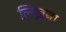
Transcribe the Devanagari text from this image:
लिख्नना